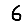
Digit: 6